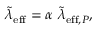
\tilde { \lambda } _ { \mathrm { e f f } } = \alpha \ \tilde { \lambda } _ { \mathrm { e f f } , P } ,